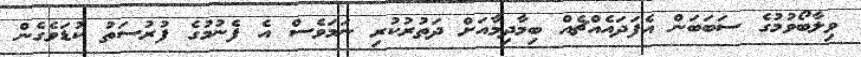
ވިލާބޯވުމުގެ ސަބަބަން އެފަދައެއްޗެއް ބިމާދިމާއަށް ދަތުރުކުރި ނަމަވެސް އެ ފެނުމުގެ ފުރުސަތު ކުޑަވެގެން